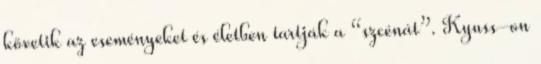
követik az eseményeket és életben tartják a “szcénát”. Kyuss-on